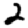
Digit: 2